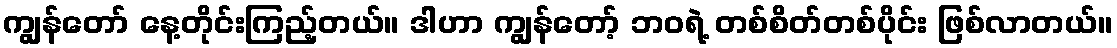
ကျွန်တော် နေ့တိုင်းကြည့်တယ်။ ဒါဟာ ကျွန်တော့် ဘဝရဲ့ တစ်စိတ်တစ်ပိုင်း ဖြစ်လာတယ်။